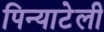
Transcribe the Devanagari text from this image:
पिन्याटेली